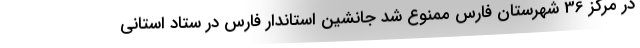
در مرکز 36 شهرستان فارس ممنوع شد جانشین استاندار فارس در ستاد استانی